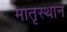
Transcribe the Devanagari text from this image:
मातृस्थान